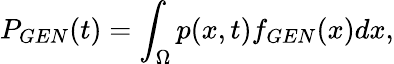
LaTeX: P_{GEN}(t)=\int_{\Omega}p(x,t)f_{GEN}(x)dx,